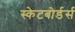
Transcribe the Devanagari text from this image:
स्केटबोर्डर्स